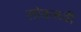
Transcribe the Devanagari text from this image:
लोकरूढी